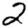
Digit: 2